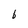
Character: b